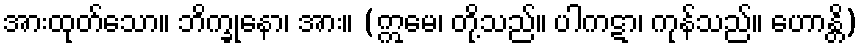
အားထုတ်သော။ ဘိက္ခုနော၊ အား။ (ဣမေ၊ တို့သည်။ ပါကဋာ၊ ကုန်သည်။ ဟောန္တိ)